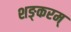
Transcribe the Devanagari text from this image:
शङ्करम्